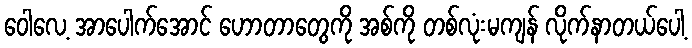
ဝေါလေ့ အာပေါက်အောင် ဟောတာတွေကို အစ်ကို တစ်လုံးမကျန် လိုက်နာတယ်ပေါ့